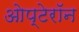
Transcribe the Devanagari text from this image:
ओप्टेरॉन